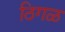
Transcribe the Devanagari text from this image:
ठिगळ